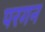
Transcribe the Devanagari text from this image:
परगन